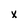
Character: x